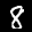
Label: 8